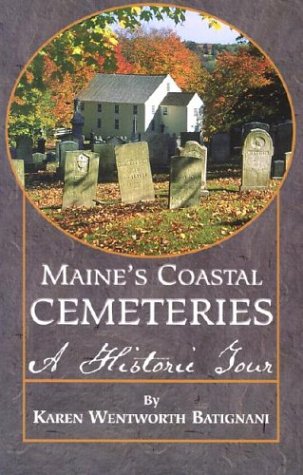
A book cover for Maine's Coastal Cemeteries; Karen Batignani; Travel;